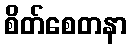
စိတ်စေတနာ